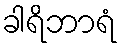
ခါရိဘာရံ